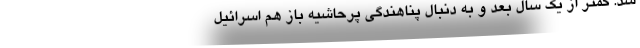
شد. کمتر از یک سال بعد و به دنبال پناهندگی پرحاشیه باز هم اسرائیل